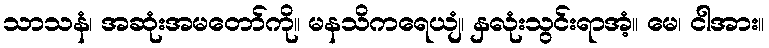
သာသနံ၊ အဆုံးအမတော်ကို။ မနသိကရေယျံ၊ နှလုံးသွင်းရာအံ့။ မေ၊ ငါအား။